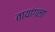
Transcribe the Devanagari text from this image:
तायांगला